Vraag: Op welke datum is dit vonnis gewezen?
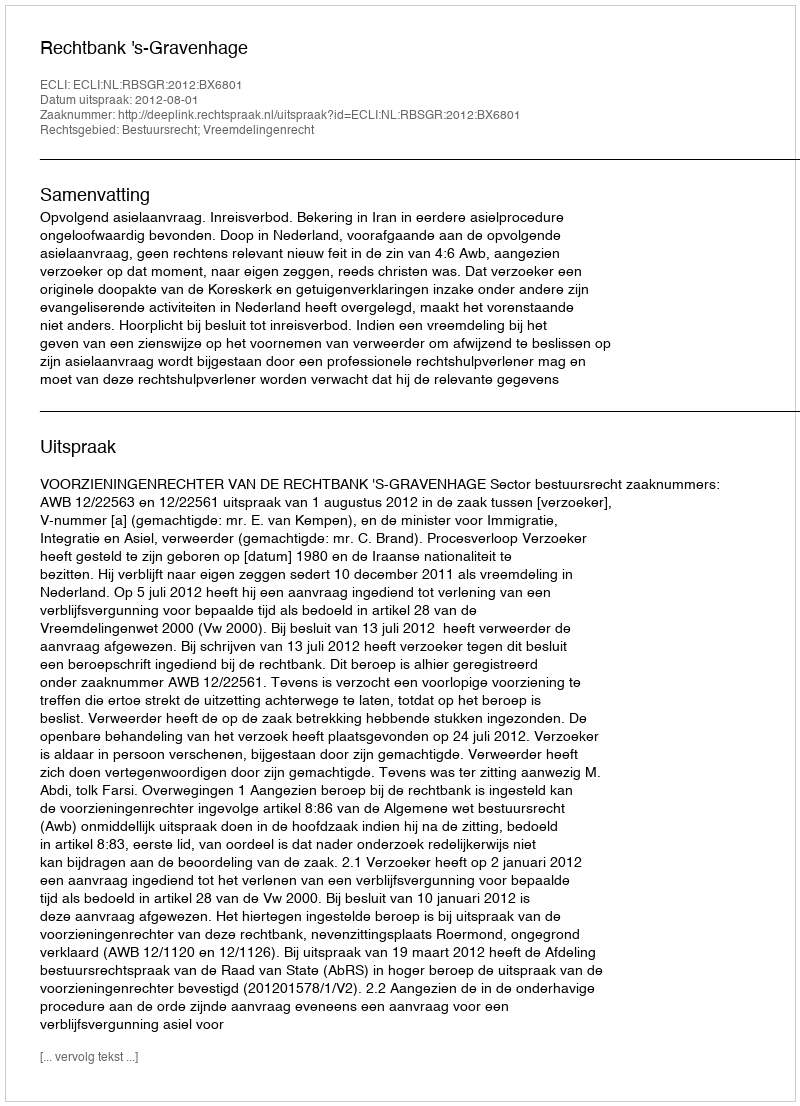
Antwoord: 2012-08-01